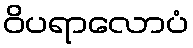
ဝိပရာလောပံ